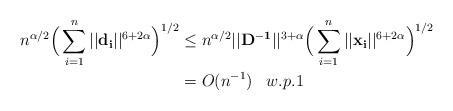
LaTeX: \begin{align*}n^{\alpha/2}\Big(\sum_{i = 1}^{n}||\mathbf{d_i}||^{6 +2\alpha}\Big)^{1/2}& \leq n^{\alpha/2}||\mathbf{D^{-1}}||^{3+\alpha}\Big{(}\sum_{i=1}^{n}||\mathbf{x_{i}}||^{6+2\alpha}\Big{)}^{1/2} \\& =O(n^{-1})\;\;\; w.p. 1\end{align*}